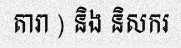
តារា ) និង និសករ